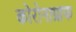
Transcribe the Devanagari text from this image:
कोरोनाग्राफ